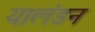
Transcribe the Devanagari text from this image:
यालंडन